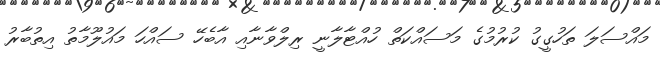
މައްސަލަ ތަހުގީގު ކުރުމުގެ މަސައްކަތް ހުއްޓާލާނީ ރިލްވާނާއި އާބެހޭ ސައްހަ މައުލޫމާތު އިތުބާރު